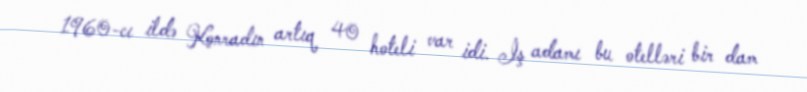
1960-cı ildə Konradın artıq 40 hoteli var idi. İş adamı bu otelləri bir dam